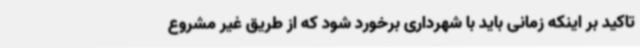
تاکید بر اینکه زمانی باید با شهرداری برخورد شود که از طریق غیر مشروع